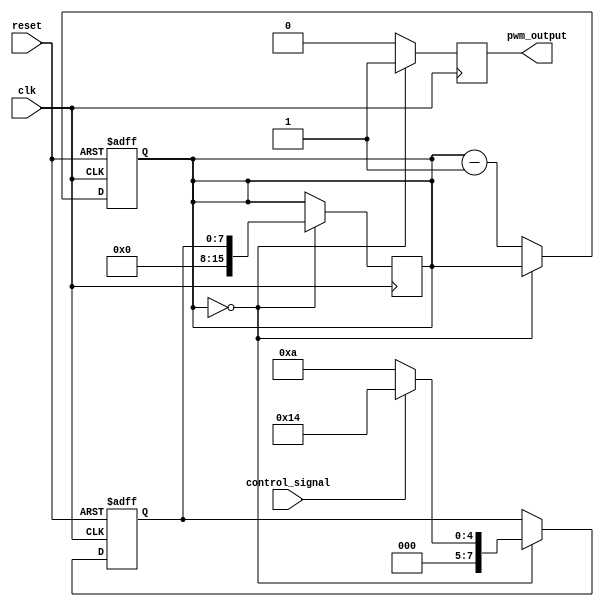
module PWM_Timer (
    input wire clk,
    input wire reset,
    input wire control_signal,
    output wire pwm_output
);

reg [15:0] counter;
reg [7:0] pulse_width;

always @ (posedge clk or posedge reset) begin
    if (reset) begin
        counter <= 16'd0;
        pulse_width <= 8'd0;
    end else begin
        if (counter == 16'd0) begin
            if (control_signal == 3'd0) begin
                pulse_width <= 8'd10; // Set pulse width for control signal 0
            end else if (control_signal == 3'd1) begin
                pulse_width <= 8'd20; // Set pulse width for control signal 1
            end else if (control_signal == 3'd2) begin
                pulse_width <= 8'd30; // Set pulse width for control signal 2
            end else begin
                pulse_width <= 8'd40; // Set default pulse width
            end
        end else begin
            counter <= counter - 1;
        end
    end
end

always @ (posedge clk) begin
    if (counter == 16'd0) begin
        counter <= pulse_width;
        pwm_output <= 1'b1;
    end else begin
        pwm_output <= 1'b0;
    end
end

endmodule